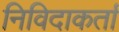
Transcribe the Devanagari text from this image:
निविदाकर्ता